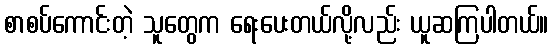
စာစပ်ကောင်းတဲ့ သူတွေက ရေးပေးတယ်လို့လည်း ယူဆကြပါတယ်။